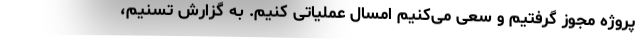
پروژه مجوز گرفتیم و سعی می‌کنیم امسال عملیاتی کنیم. به گزارش تسنیم،